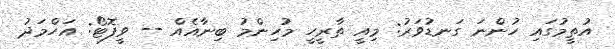
އުތީމުގައި ހުންނަ ގަނޑުވަރު: މިއީ ތާރީހީ މުހިންމު ބިނާއެއް -- ވީފޮޓޯ: އަހްމަދު